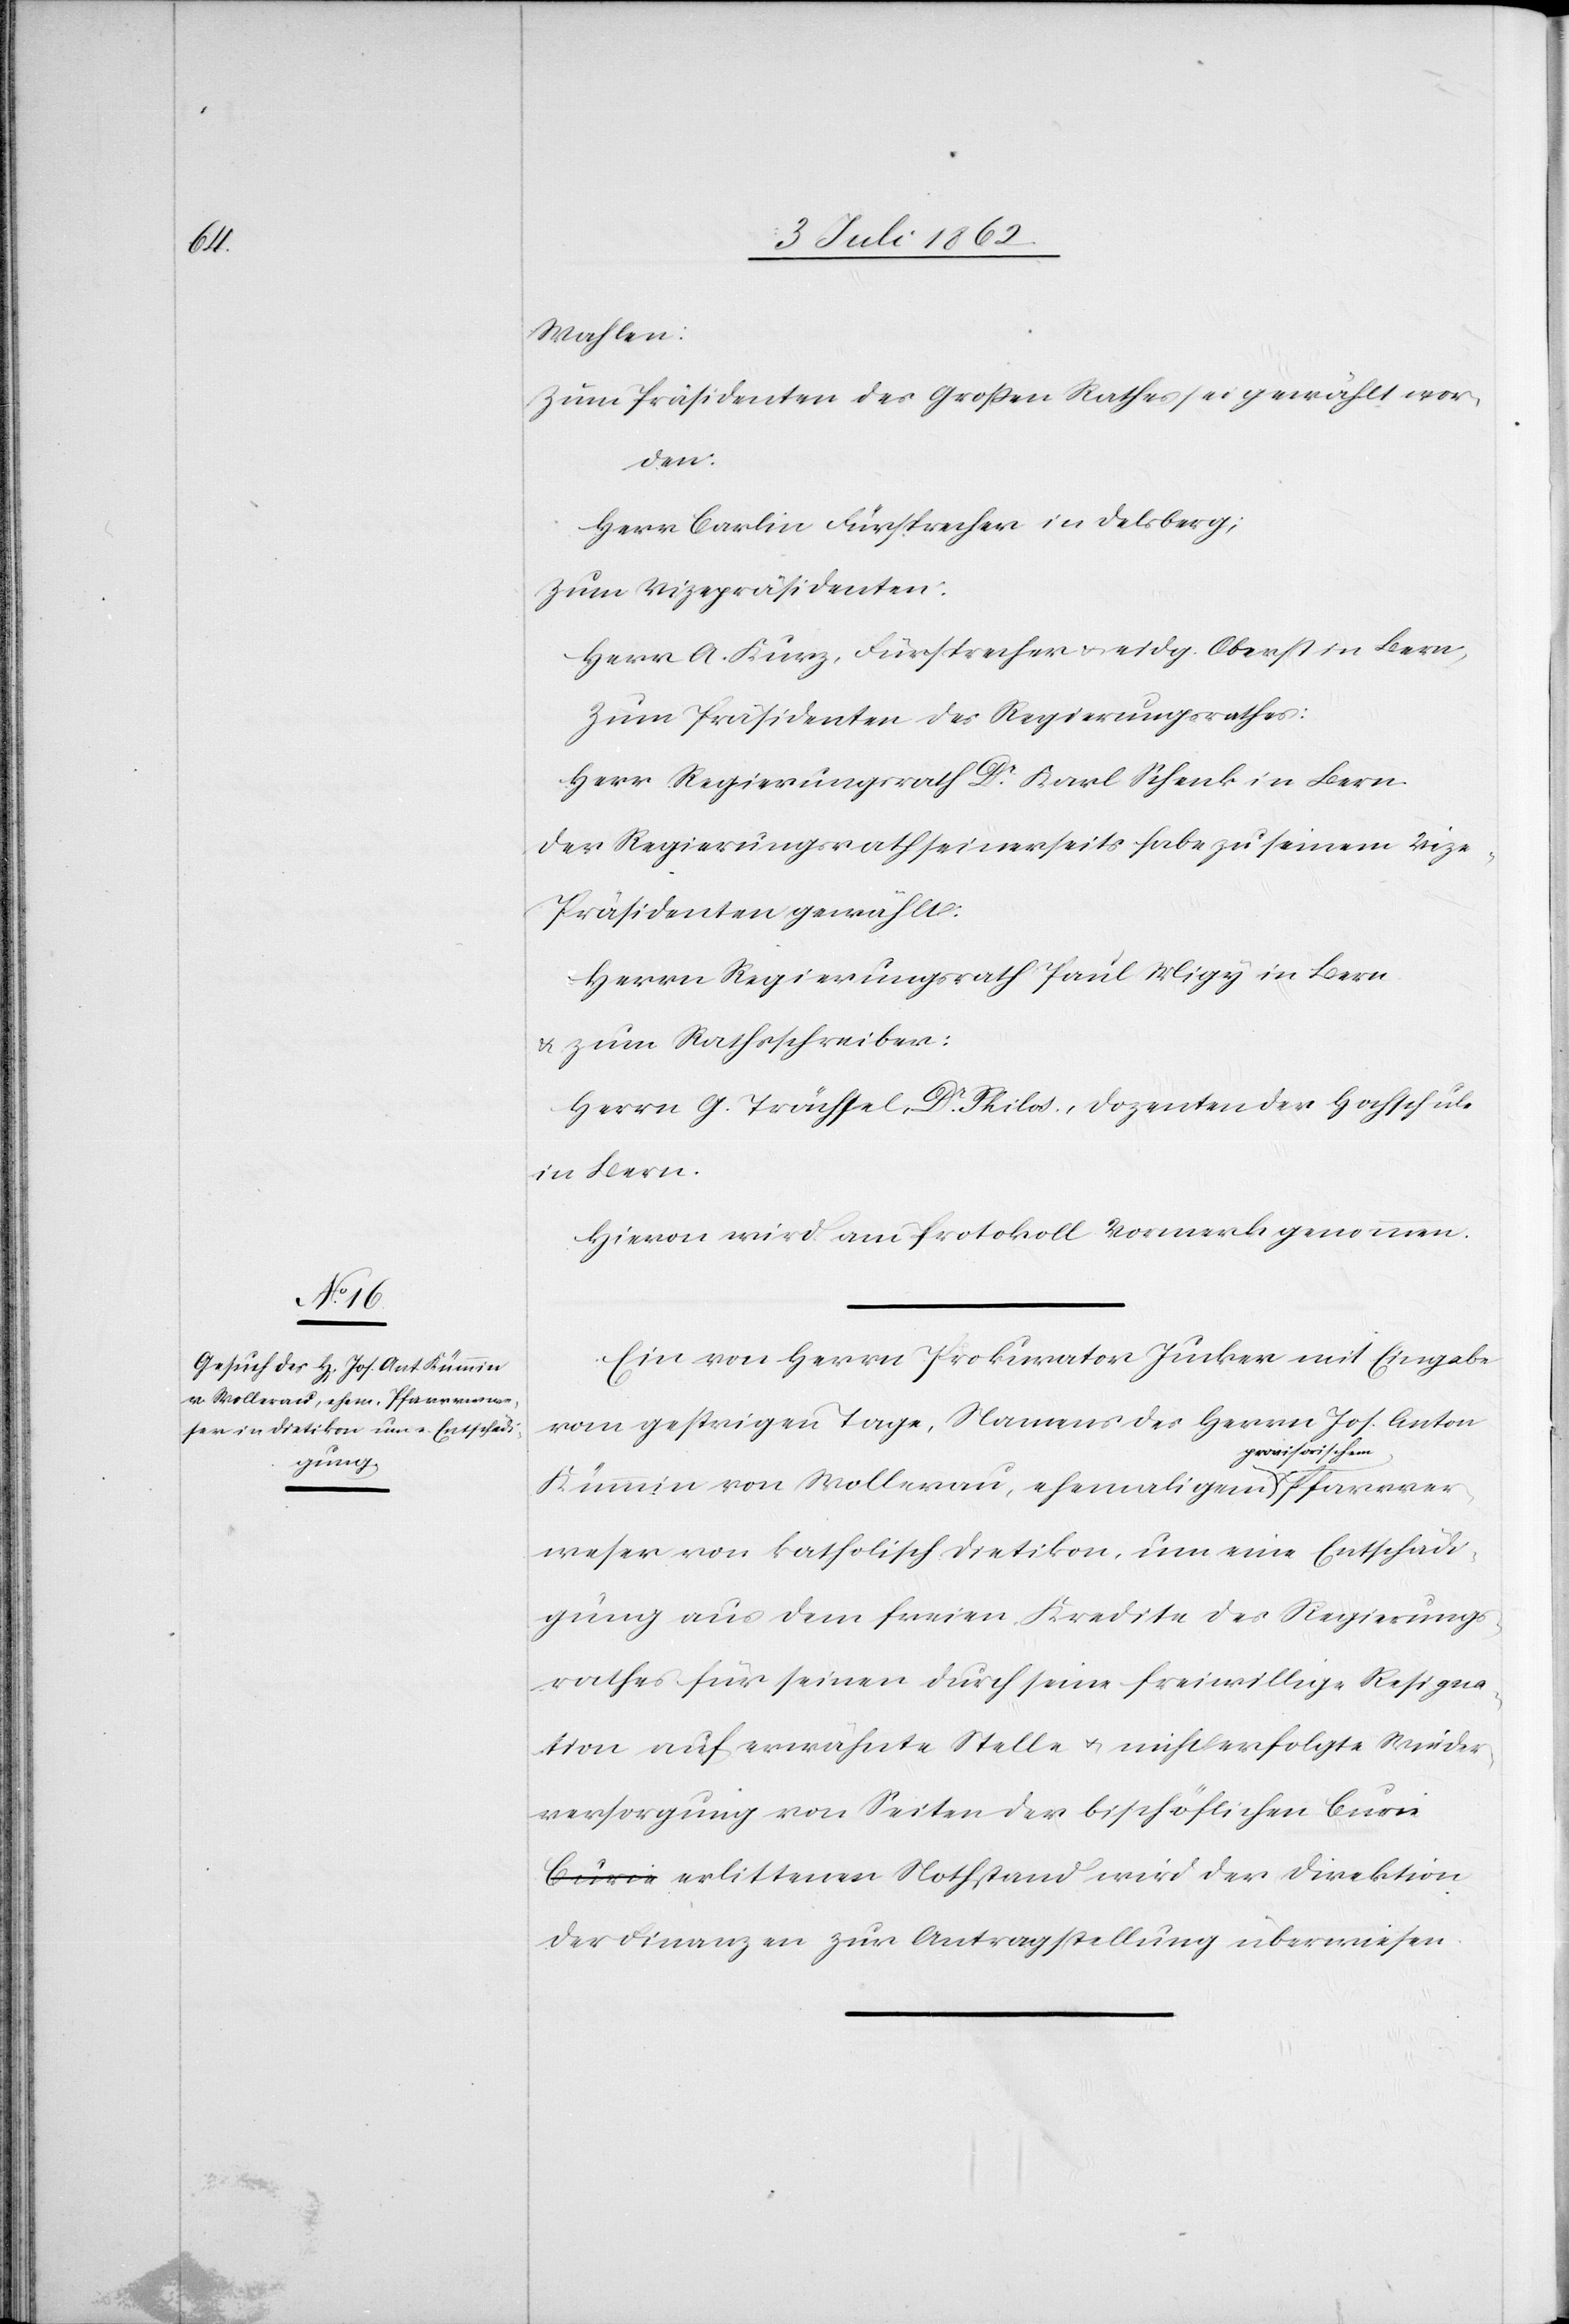
gungen
Pfarrver¬

Wahlen:
Zum Präsidenten des Großen Rathes sei gewählt wor¬
den:
Herr Carlin Fürsprecher in Delsberg;
Zum Vizepräsidenten:
Herr A. Kurz, Fürsprecher u. eidg. Oberst in Bern,
Zum Präsidenten des Regierungsrathes:
Herr Regierungsrath Dr. Karl Schenk in Bern.
Der Regierungsrath seinerseits habe zu seinem Vize¬
präsidenten gewählt:
Herrn Regierungsrath Paul Nigg in Bern
u. zum Rathsschreiber:
Herrn G. Trächsel, Dr. Philos., Dozenten der Hochschule
in Bern.
Hievon wird am Protokoll Vormerk genommen.
Ein von Herrn Prokurtor Jucker mit Eingabe
vom gestrigen Tage, Namens des Herrn Jos. Anton
ovisorischen
Kümmin von Wollerau, ehemaligen pr¬
weser von katholisch Dietikon, um eine Entschädi¬
gung aus dem freien Kredite des Regierungs¬
rathes für seinen durch seine freiwillige Resigna¬
tion auf erwähnte Stelle u. nicht erfolgte Wieder¬
versorgung von Seiten der bischöflichen Cur¬
ie erlittenen Nothstand wird der Direktion
der Finanzen zur Antragstellung überwiesen.